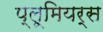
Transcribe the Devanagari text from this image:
प्लूमियर्स